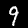
Digit: 9